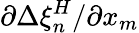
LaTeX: {\partial\Delta\xi_{n}^{H}}/{\partial x_{m}}